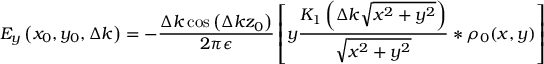
E _ { y } \left( x _ { 0 } , y _ { 0 } , \Delta k \right) = - \frac { \Delta k \cos \left( \Delta k z _ { 0 } \right) } { 2 \pi \epsilon } \left[ y \frac { K _ { 1 } \left( \Delta k \sqrt { x ^ { 2 } + y ^ { 2 } } \right) } { \sqrt { x ^ { 2 } + y ^ { 2 } } } * \rho _ { 0 } ( x , y ) \right]